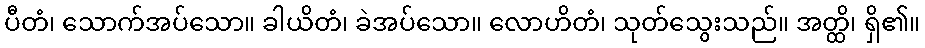
ပီတံ၊ သောက်အပ်သော။ ခါယိတံ၊ ခဲအပ်သော။ လောဟိတံ၊ သုတ်သွေးသည်။ အတ္ထိ၊ ရှိ၏။